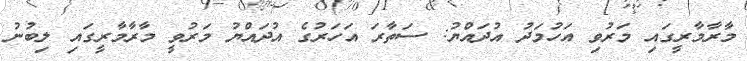
މާރާމާރީގައި މަރުވި އަހުމަދު އުދައްޔު: ސަތާރަ އަހަރުގެ އުދައްޔު މަރުވީ މާރާމާރީގައި ލިބުނު